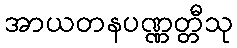
အာယတနပဏ္ဏတ္တီသု